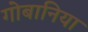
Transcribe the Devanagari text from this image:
गोबानिया